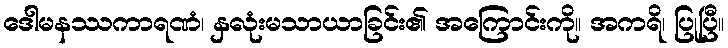
ဒေါမနဿကာရဏံ၊ နှလုံးမသာယာခြင်း၏ အကြောင်းကို။ အကရိ၊ ပြုပြီ။